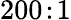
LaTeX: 200\! :\! 1